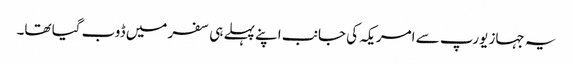
یہ جہاز یورپ سے امریکہ کی جانب اپنے پہلے ہی سفر میں ڈوب گیا تھا۔